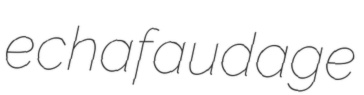
echafaudage